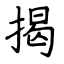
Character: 揭